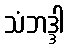
သံဘဒ္ဒါ